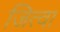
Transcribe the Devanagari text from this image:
जित्वा